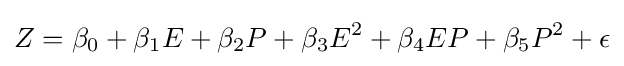
Z=\beta _{0}+\beta _{1}E+\beta _{2}P+\beta _{3}E^{2}+\beta _{4}EP+\beta _{5}P^{2}+\epsilon